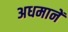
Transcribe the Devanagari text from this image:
अधमानें